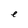
Character: e